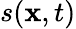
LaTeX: s(\mathbf{x},t)